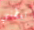
تعطني